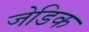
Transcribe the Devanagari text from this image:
जेडिक